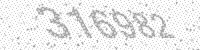
Solution: 316982